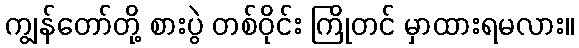
ကျွန်တော်တို့ စားပွဲ တစ်ဝိုင်း ကြိုတင် မှာထားရမလား။